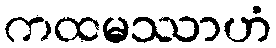
ကထမဿာဟံ